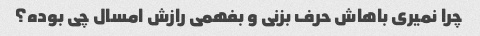
چرا نمیری باهاش ​​حرف بزنی و بفهمی رازش امسال چی بوده؟